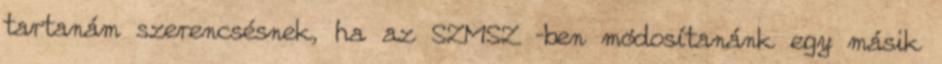
tartanám szerencsésnek, ha az SZMSZ –ben módosítanánk egy másik